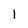
Character: 1